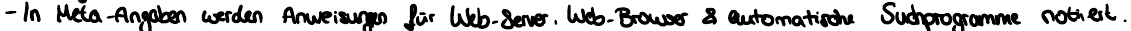
- In Meta-Angaben werden Anweisungen für Web-Server, Web-Browser & automatische Suchprogramme notiert.